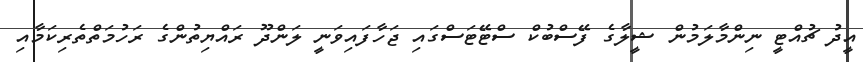
އީދު ޗުއްޓީ ނިންމާލަމުން ޝީލާގެ ފޭސްބުކް ސްޓޭޓަސްގައި ޖަހާފައިވަނީ ލަންދޫ ރައްޔިތުންގެ ރަހުމަތްތެރިކަމާއި